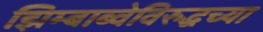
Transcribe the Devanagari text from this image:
झिम्बाब्वेविरुद्धच्या